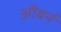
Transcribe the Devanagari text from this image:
औबर्न